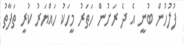
ފުލުހުން ބުނީ އެ ދެ ރަށުން ހަތަރު މީހަކު ހައްޔަރު ކުރީ ތަފާތު